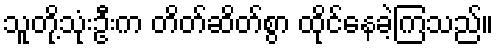
သူတို့သုံးဦးက တိတ်ဆိတ်စွာ ထိုင်နေခဲ့ကြသည်။